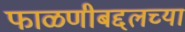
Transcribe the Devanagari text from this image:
फाळणीबद्दलच्या